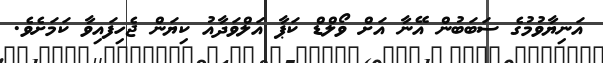
އަނިޔާވުމުގެ ސަބަބުން އޭނާ އަށް ވޯލްޑް ކަޕާ އަލްވަދާއު ކިޔަން ޖެހިފައިވާ ކަމަށެވެ.